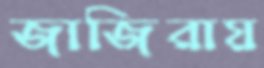
জাজিরায়